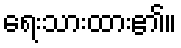
ရေးသားထား၏။